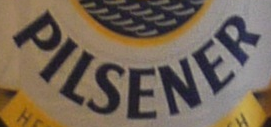
PILSENER